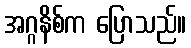
အဂ္ဂနိစ်က ပြောသည်။